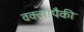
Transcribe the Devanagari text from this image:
वक्त्यांपैकी